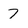
Character: 7